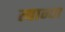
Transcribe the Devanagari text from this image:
त्यान्चा